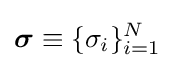
{\boldsymbol {\sigma }}\equiv \{\sigma _{i}\}_{i=1}^{N}